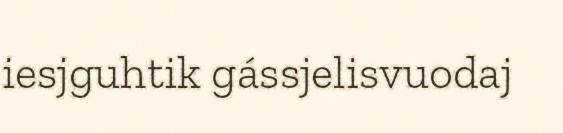
iesjguhtik gássjelisvuodaj